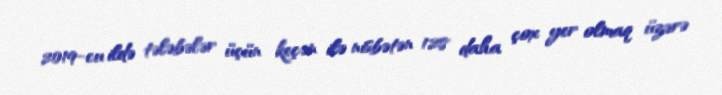
2019-cu ildə tələbələr üçün keçən ilə nisbətən 128 daha çox yer olmaq üzərə